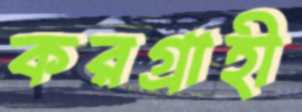
করগ্রাহী